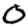
Digit: 0